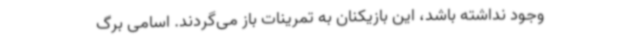
وجود نداشته باشد، این بازیکنان به تمرینات باز می‌گردند. اسامی برگ